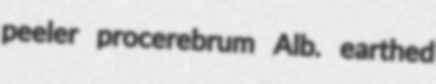
peeler procerebrum Alb. earthed